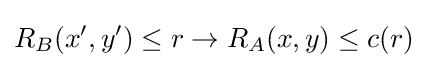
R_{B}(x',y')\leq r\rightarrow R_{A}(x,y)\leq c(r)